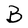
Character: B